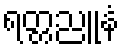
ရတ္တညူနံ